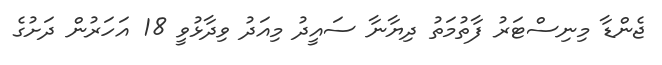
ޖެންޑާ މިނިސްޓަރު ފާތުމަތު ދިޔާނާ ސައީދު މިއަދު ވިދާޅުވީ 18 އަހަރުން ދަށުގެ